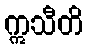
ဣသီတိ